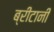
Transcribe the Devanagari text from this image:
ब्रीटानी